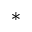
^ { * }